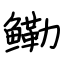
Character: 鳓